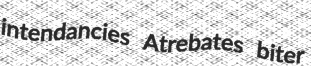
intendancies Atrebates biter